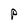
Character: p